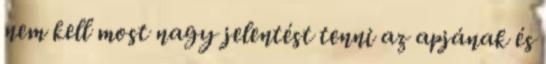
nem kell most nagy jelentést tenni az apjának és